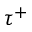
\tau ^ { + }